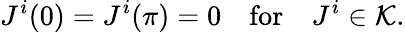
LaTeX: J^{i}(0)=J^{i}(\pi)=0\quad\mathrm{for}\quad J^{i}\in{\cal K}.